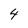
Character: 4